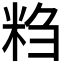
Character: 𬖖